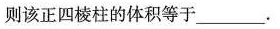
则该正四棱柱的体积等于_____。